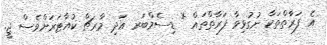
އެ ފަރާތްތަކާ ނުގުޅިވާ ފަރާތްތައް * ޑިސެމްބަރ އަދި މާރޗް ކުއާޓަރަށްވެސް ޖީ.